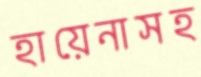
হায়েনাসহ